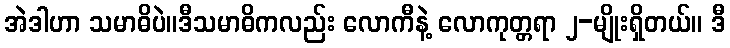
အဲဒါဟာ သမာဓိပဲ။ဒီသမာဓိကလည်း လောကီနဲ့ လောကုတ္တရာ ၂-မျိုးရှိတယ်။ ဒီ